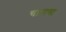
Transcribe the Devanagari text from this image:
चापाचा